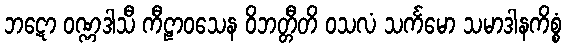
ဘဋော ဝဏ္ဏဒါသီ ကီဠာဝသေန ဝိဘတ္တီတိ ဝသလံ သင်္ကမော သမာဒါနကိစ္စံ